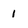
Character: 1